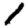
Digit: 1